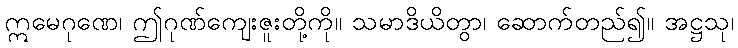
ဣမေဂုဏေ၊ ဤဂုဏ်ကျေးဇူးတို့ကို။ သမာဒိယိတွာ၊ ဆောက်တည်၍။ အဋ္ဌသု၊